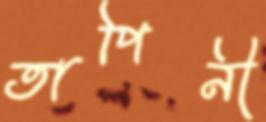
তাপিনী